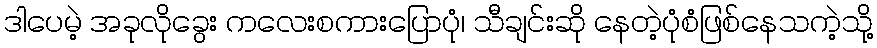
ဒါပေမဲ့ အခုလိုခွေး ကလေးစကားပြောပုံ၊ သီချင်းဆို နေတဲ့ပုံစံဖြစ်နေသကဲ့သို့